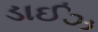
ડાઈઝ